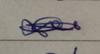
Signature authenticity: forged